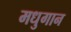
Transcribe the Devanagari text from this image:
मधुगान